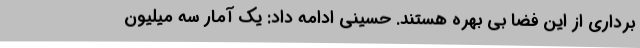
برداری از این فضا بی بهره هستند. حسینی ادامه داد: یک آمار سه میلیون